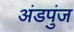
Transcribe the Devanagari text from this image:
अंडपुंज